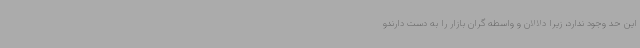
این حد وجود ندارد، زیرا دلالان و واسطه گران بازار را به دست دارندو